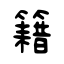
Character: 籍